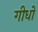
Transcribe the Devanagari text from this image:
गीधों